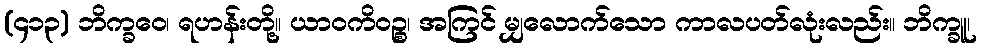
(၄၁၃) ဘိက္ခဝေ၊ ရဟန်းတို့။ ယာဝကိဝဉ္စ၊ အကြင် မျှလောက်သော ကာလပတ်လုံးလည်း။ ဘိက္ခူ၊